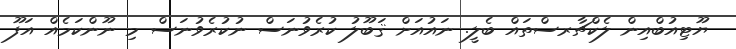
ޔޫޓިއުބްއިން ލެކްޗާރސްތައް ބެލީ. ނައުއަށް ޤަބޫލު ކުރެވުނަސް ނުކުރެވުނަސް މި ނޫންކަމެއް އަފޫ